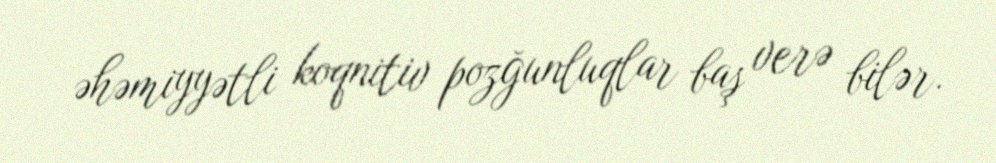
əhəmiyyətli koqnitiv pozğunluqlar baş verə bilər.